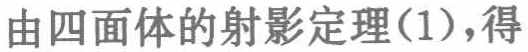
由四面体的射影定理(1),得